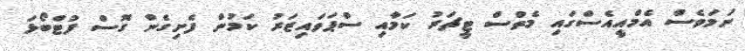
ނަމަވެސް އެމްއީއެސްގައި މެތްސް ޓީޗަރު ކަމާއި ސްޕަވައިޒަރު ކަމުން ފެށިގެން ގޮސް ފުޓްބޯޅަ